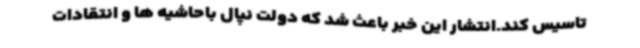
تاسیس کند.انتشار این خبر باعث شد که دولت نپال باحاشیه ها و انتقادات